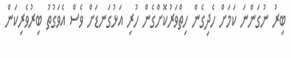
ބިރު ނުގަންނަ ކަމަށް ހެދިގެން ހިތްވަރުކޮށްގެން ހުރި އަޅުގަނޑަށް ވެސް އެވަގުތު ބިރުވެރިކަން